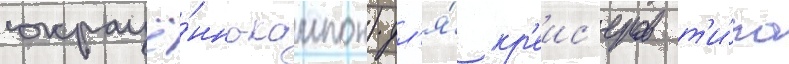
сокращё́нно-кампон) дл'я́ кр'еис'еров т'и́па